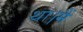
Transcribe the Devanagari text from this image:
था।मैं